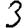
Digit: 3